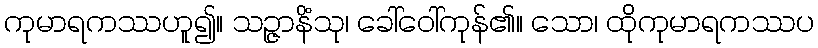
ကုမာရကဿဟူ၍။ သဉ္ဇာနိံသု၊ ခေါ်ဝေါ်ကုန်၏။ သော၊ ထိုကုမာရကဿပ